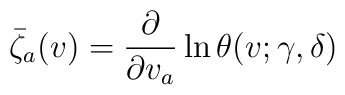
\bar \zeta _a(v)=\frac{\partial }{\partial v_a}\ln \theta (v;\gamma ,\delta )